Report of the Indian Hemp Drugs Commission, 1894-1895 - Volume IV
Year: 1894
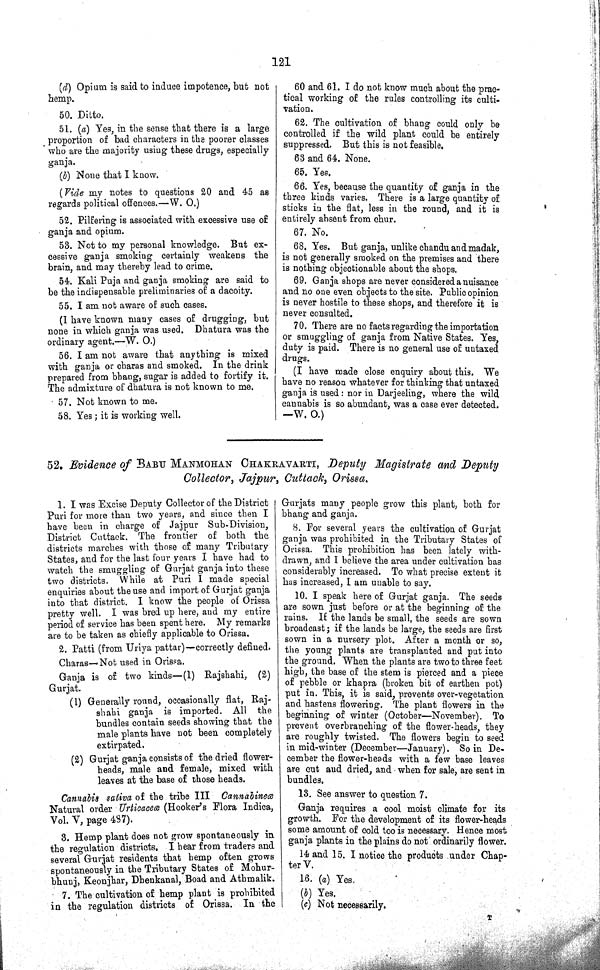
121
(d) Opium is said to induce impotence, but not
hemp.
50. Ditto.
51. (a) Yes, in the sense that there is a large
proportion of bad characters in the poorer classes
who are the majority using these drugs, especially
ganja.
(b) None that I know.
(Vide my notes to questions 20 and 45 as
regards political offences.—W. O.)
52. Pilfering is associated with excessive use of
ganja and opium.
53. Not to my personal knowledge. But ex¬
cessive ganja smoking certainly weakens the
brain, and may thereby lead to crime.
54. Kali Puja and ganja smoking are said to
be the indispensable preliminaries of a dacoity.
55. I am not aware of such cases.
(I have known many cases of drugging, but
none in which ganja was used. Dhatura was the
ordinary agent.—W. O.)
56. I am not aware that anything is mixed
with ganja or charas and smoked. In the drink
prepared from bhang, sugar is added to fortify it.
The admixture of dhatura is not known to me.
57. Not known to me.
58. Yes; it is working well.
60 and 61. I do not know much about the prac¬
tical working of the rules controlling its culti¬
vation.
62. The cultivation of bhang could only be
controlled if the wild plant could be entirely
suppressed. But this is not feasible.
63 and 64. None.
65. Yes.
66. Yes, because the quantity of ganja in the
three kinds varies. There is a large quantity of
sticks in the flat, less in the round, and it is
entirely absent from chur.
67. No.
68. Yes. But ganja, unlike chandu and madak,
is not generally smoked on the premises and there
is nothing objectionable about the shops.
69. Ganja shops are never considered a nuisance
and no one even objects to the site. Public opinion
is never hostile to these shops, and therefore it is
never consulted.
70. There are no facts regarding the importation
or smuggling of ganja from Native States. Yes,
duty is paid. There is no general use of untaxed
drugs.
(I have made close enquiry about this. We
have no reason whatever for thinking that untaxed
ganja is used: nor in Darjeeling, where the wild
cannabis is so abundant, was a case ever detected.
—W. O.)
52. Evidence of BABU MANMOHAN CHAKRAVARTI, Deputy Magistrate and Deputy
Collector, Jajpur, Cuttack, Orissa.
1. I was Excise Deputy Collector of the District
Puri for more than two years, and since then I
have been in charge of Jajpur Sub-Division,
District Cuttack. The frontier of both the
districts marches with those of many Tributary
States, and for the last four years I have had to
watch the smuggling of Gurjat ganja into these
two districts. While at Puri I made special
enquiries about the use and import of Gurjat ganja
into that district. I know the people of Orissa
pretty well. I was bred up here, and my entire
period of service has been spent here. My remarks
are to be taken as chiefly applicable to Orissa.
2. Patti (from Uriya pattar)—correctly defined.
Charas—Not used in Orissa.
Ganja is of two kinds—(1) Rajshahi, (2)
Gurjat.
(1) Generally round, occasionally flat, Raj-
shahi ganja is imported. All the
bundles contain seeds showing that the
male plants have not been completely
extirpated.
(2) Gurjat ganja consists of the dried flower-
heads, male and female, mixed with
leaves at the base of those heads.
Cannabis sativa of the tribe III Cannabineœ
Natural order Urticaceœ (Hooker's Flora Indica,
Vol. V, page 487).
3. Hemp plant does not grow spontaneously in
the regulation districts. I hear from traders and
several Gurjat residents that hemp often grows
spontaneously in the Tributary States of Mohur-
bhunj, Keonjhar, Dhenkanal, Boad and Athmalik.
7. The cultivation of hemp plant is prohibited
in the regulation districts of Orissa. In the
Gurjats many people grow this plant, both for
bhang and ganja.
8. For several years the cultivation of Gurjat
ganja was prohibited in the Tributary States of
Orissa. This prohibition has been lately with¬
drawn, and I believe the area under cultivation has
considerably increased. To what precise extent it
has increased, I am unable to say.
10. I speak here of Gurjat ganja. The seeds
are sown just before or at the beginning of the
rains. If the lands be small, the seeds are sown
broadcast; if the lands be large, the seeds are first
sown in a nursery plot. After a month or so,
the young plants are transplanted and put into
the ground. When the plants are two to three feet
high, the base of the stem is pierced and a piece
of pebble or khapra (broken bit of earthen pot)
put in. This, it is said, prevents over-vegetation
and hastens flowering. The plant flowers in the
beginning of winter (October—November). To
prevent overbranching of the flower-heads, they
are roughly twisted. The flowers begin to seed
in mid-winter (December—January). So in De¬
cember the flower-heads with a few base leaves
are cut and dried, and when for sale, are sent in
bundles.
13. See answer to question 7.
Ganja requires a cool moist climate for its
growth. For the development of its flower-heads
some amount of cold too is necessary. Hence most
ganja plants in the plains do not ordinarily flower.
14 and 15. I notice the products under Chap¬
ter V.
16. (a) Yes.
(b) Yes.
(c) Not necessarily.
T